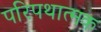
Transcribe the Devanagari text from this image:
परिपथात्मक